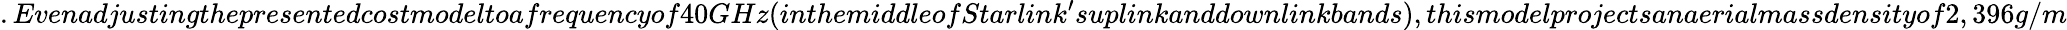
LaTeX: .Evenadjustingthepresentedcostmodeltoafrequencyof40GHz(inthemiddleofStarlink^{\prime}suplinkanddownlinkbands),thismodelprojectsanaerialmassdensityof2,396g/m